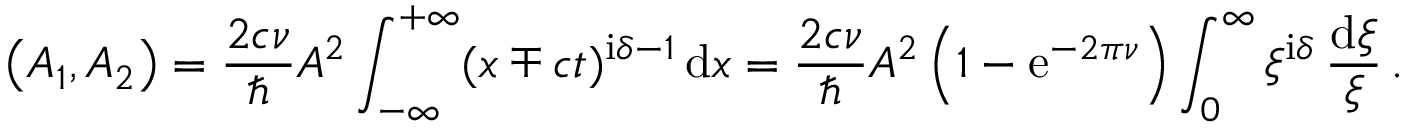
\left( A _ { 1 } , A _ { 2 } \right) = \frac { 2 c \nu } { \hbar } { \cal A } ^ { 2 } \int _ { - \infty } ^ { + \infty } ( x \mp c t ) ^ { \mathrm { i } \delta - 1 } \, \mathrm { d } x = \frac { 2 c \nu } { \hbar } { \cal A } ^ { 2 } \left( 1 - \mathrm { e } ^ { - 2 \pi \nu } \right) \int _ { 0 } ^ { \infty } \xi ^ { \mathrm { i } \delta } \, \frac { \mathrm { d } \xi } { \xi } \, .